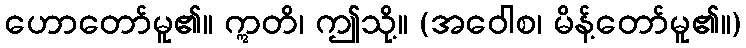
ဟောတော်မူ၏။ ဣတိ၊ ဤသို့။ (အဝေါစ၊ မိန့်တော်မူ၏။)